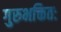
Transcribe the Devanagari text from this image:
गुरुभक्तितः